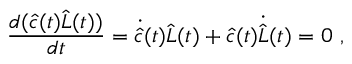
\frac { d ( \widehat { c } ( t ) \widehat { L } ( t ) ) } { d t } = \dot { \widehat { c } } ( t ) \widehat { L } ( t ) + \widehat { c } ( t ) \dot { \widehat { L } } ( t ) = 0 \ ,